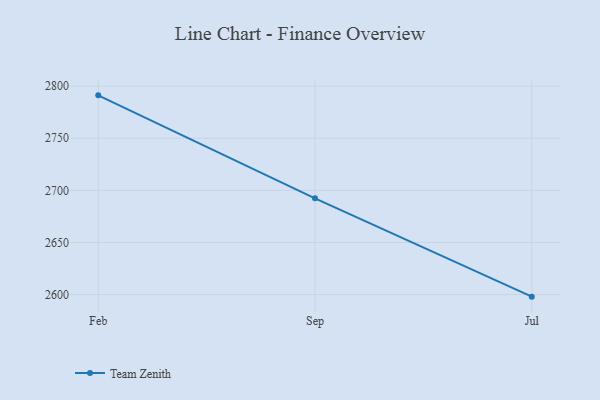
{"axis": {"x": "Month", "y": "Backlog"}, "legend": ["Team Zenith"], "data": [{"x": "Feb", "y": 2791.2, "type": "Team Zenith"}, {"x": "Sep", "y": 2692.4, "type": "Team Zenith"}, {"x": "Jul", "y": 2598.0, "type": "Team Zenith"}]}